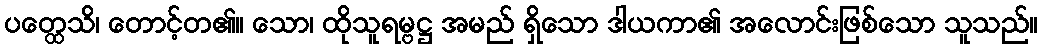
ပတ္ထေသိ၊ တောင့်တ၏။ သော၊ ထိုသူရမ္ဗဋ္ဌ အမည် ရှိသော ဒါယကာ၏ အလောင်းဖြစ်သော သူသည်။